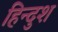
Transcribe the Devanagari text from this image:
हिन्दुश